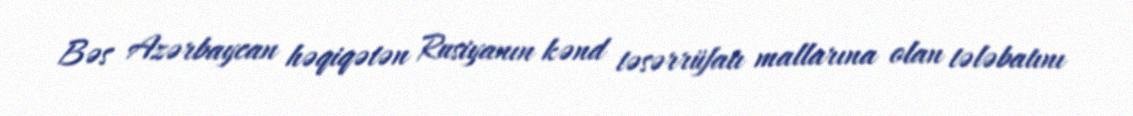
Bəs Azərbaycan həqiqətən Rusiyanın kənd təsərrüfatı mallarına olan tələbatını